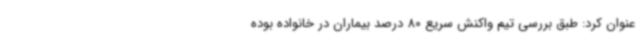
عنوان کرد: طبق بررسی تیم واکنش سریع 80 درصد بیماران در خانواده بوده